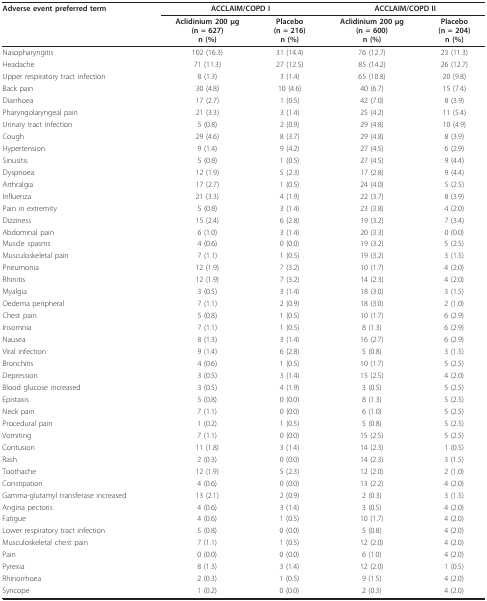
<table><thead><tr><td><b>Adverse event preferred term</b></td><td colspan="2"><b>ACCLAIM/COPD I</b></td><td colspan="2"><b>ACCLAIM/COPD II</b></td></tr><tr><td></td><td><b>Aclidinium 200 μg(n = 627)n (%)</b></td><td><b>Placebo(n = 216)n (%)</b></td><td><b>Aclidinium 200 μg(n = 600)n (%)</b></td><td><b>Placebo(n = 204)n (%)</b></td></tr></thead><tbody><tr><td>Nasopharyngitis</td><td>102 (16.3)</td><td>31 (14.4)</td><td>76 (12.7)</td><td>23 (11.3)</td></tr><tr><td>Headache</td><td>71 (11.3)</td><td>27 (12.5)</td><td>85 (14.2)</td><td>26 (12.7)</td></tr><tr><td>Upper respiratory tract infection</td><td>8 (1.3)</td><td>3 (1.4)</td><td>65 (10.8)</td><td>20 (9.8)</td></tr><tr><td>Back pain</td><td>30 (4.8)</td><td>10 (4.6)</td><td>40 (6.7)</td><td>15 (7.4)</td></tr><tr><td>Diarrhoea</td><td>17 (2.7)</td><td>1 (0.5)</td><td>42 (7.0)</td><td>8 (3.9)</td></tr><tr><td>Pharyngolaryngeal pain</td><td>21 (3.3)</td><td>3 (1.4)</td><td>25 (4.2)</td><td>11 (5.4)</td></tr><tr><td>Urinary tract infection</td><td>5 (0.8)</td><td>2 (0.9)</td><td>29 (4.8)</td><td>10 (4.9)</td></tr><tr><td>Cough</td><td>29 (4.6)</td><td>8 (3.7)</td><td>29 (4.8)</td><td>8 (3.9)</td></tr><tr><td>Hypertension</td><td>9 (1.4)</td><td>9 (4.2)</td><td>27 (4.5)</td><td>6 (2.9)</td></tr><tr><td>Sinusitis</td><td>5 (0.8)</td><td>1 (0.5)</td><td>27 (4.5)</td><td>9 (4.4)</td></tr><tr><td>Dyspnoea</td><td>12 (1.9)</td><td>5 (2.3)</td><td>17 (2.8)</td><td>9 (4.4)</td></tr><tr><td>Arthralgia</td><td>17 (2.7)</td><td>1 (0.5)</td><td>24 (4.0)</td><td>5 (2.5)</td></tr><tr><td>Influenza</td><td>21 (3.3)</td><td>4 (1.9)</td><td>22 (3.7)</td><td>8 (3.9)</td></tr><tr><td>Pain in extremity</td><td>5 (0.8)</td><td>3 (1.4)</td><td>23 (3.8)</td><td>4 (2.0)</td></tr><tr><td>Dizziness</td><td>15 (2.4)</td><td>6 (2.8)</td><td>19 (3.2)</td><td>7 (3.4)</td></tr><tr><td>Abdominal pain</td><td>6 (1.0)</td><td>3 (1.4)</td><td>20 (3.3)</td><td>0 (0.0)</td></tr><tr><td>Muscle spasms</td><td>4 (0.6)</td><td>0 (0.0)</td><td>19 (3.2)</td><td>5 (2.5)</td></tr><tr><td>Musculoskeletal pain</td><td>7 (1.1)</td><td>1 (0.5)</td><td>19 (3.2)</td><td>3 (1.5)</td></tr><tr><td>Pneumonia</td><td>12 (1.9)</td><td>7 (3.2)</td><td>10 (1.7)</td><td>4 (2.0)</td></tr><tr><td>Rhinitis</td><td>12 (1.9)</td><td>7 (3.2)</td><td>14 (2.3)</td><td>4 (2.0)</td></tr><tr><td>Myalgia</td><td>3 (0.5)</td><td>3 (1.4)</td><td>18 (3.0)</td><td>3 (1.5)</td></tr><tr><td>Oedema peripheral</td><td>7 (1.1)</td><td>2 (0.9)</td><td>18 (3.0)</td><td>2 (1.0)</td></tr><tr><td>Chest pain</td><td>5 (0.8)</td><td>1 (0.5)</td><td>10 (1.7)</td><td>6 (2.9)</td></tr><tr><td>Insomnia</td><td>7 (1.1)</td><td>1 (0.5)</td><td>8 (1.3)</td><td>6 (2.9)</td></tr><tr><td>Nausea</td><td>8 (1.3)</td><td>3 (1.4)</td><td>16 (2.7)</td><td>6 (2.9)</td></tr><tr><td>Viral infection</td><td>9 (1.4)</td><td>6 (2.8)</td><td>5 (0.8)</td><td>3 (1.5)</td></tr><tr><td>Bronchitis</td><td>4 (0.6)</td><td>1 (0.5)</td><td>10 (1.7)</td><td>5 (2.5)</td></tr><tr><td>Depression</td><td>3 (0.5)</td><td>3 (1.4)</td><td>15 (2.5)</td><td>4 (2.0)</td></tr><tr><td>Blood glucose increased</td><td>3 (0.5)</td><td>4 (1.9)</td><td>3 (0.5)</td><td>5 (2.5)</td></tr><tr><td>Epistaxis</td><td>5 (0.8)</td><td>0 (0.0)</td><td>8 (1.3)</td><td>5 (2.5)</td></tr><tr><td>Neck pain</td><td>7 (1.1)</td><td>0 (0.0)</td><td>6 (1.0)</td><td>5 (2.5)</td></tr><tr><td>Procedural pain</td><td>1 (0.2)</td><td>1 (0.5)</td><td>5 (0.8)</td><td>5 (2.5)</td></tr><tr><td>Vomiting</td><td>7 (1.1)</td><td>0 (0.0)</td><td>15 (2.5)</td><td>5 (2.5)</td></tr><tr><td>Contusion</td><td>11 (1.8)</td><td>3 (1.4)</td><td>14 (2.3)</td><td>1 (0.5)</td></tr><tr><td>Rash</td><td>2 (0.3)</td><td>0 (0.0)</td><td>14 (2.3)</td><td>3 (1.5)</td></tr><tr><td>Toothache</td><td>12 (1.9)</td><td>5 (2.3)</td><td>12 (2.0)</td><td>2 (1.0)</td></tr><tr><td>Constipation</td><td>4 (0.6)</td><td>0 (0.0)</td><td>13 (2.2)</td><td>4 (2.0)</td></tr><tr><td>Gamma-glutamyl transferase increased</td><td>13 (2.1)</td><td>2 (0.9)</td><td>2 (0.3)</td><td>3 (1.5)</td></tr><tr><td>Angina pectoris</td><td>4 (0.6)</td><td>3 (1.4)</td><td>3 (0.5)</td><td>4 (2.0)</td></tr><tr><td>Fatigue</td><td>4 (0.6)</td><td>1 (0.5)</td><td>10 (1.7)</td><td>4 (2.0)</td></tr><tr><td>Lower respiratory tract infection</td><td>5 (0.8)</td><td>0 (0.0)</td><td>5 (0.8)</td><td>4 (2.0)</td></tr><tr><td>Musculoskeletal chest pain</td><td>7 (1.1)</td><td>1 (0.5)</td><td>12 (2.0)</td><td>4 (2.0)</td></tr><tr><td>Pain</td><td>0 (0.0)</td><td>0 (0.0)</td><td>6 (1.0)</td><td>4 (2.0)</td></tr><tr><td>Pyrexia</td><td>8 (1.3)</td><td>3 (1.4)</td><td>12 (2.0)</td><td>1 (0.5)</td></tr><tr><td>Rhinorrhoea</td><td>2 (0.3)</td><td>1 (0.5)</td><td>9 (1.5)</td><td>4 (2.0)</td></tr><tr><td>Syncope</td><td>1 (0.2)</td><td>0 (0.0)</td><td>2 (0.3)</td><td>4 (2.0)</td></tr></tbody></table>